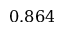
0 . 8 6 4